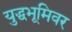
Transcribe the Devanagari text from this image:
युद्धभूमिवर